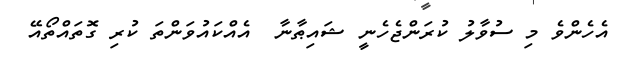
އެހެންވެ މި ސުވާލު ކުރަންޖެހެނީ ޝައިޠާނާ  އެއްކައުވަންތަ ކުރި ގޮތައްތޯއޭ